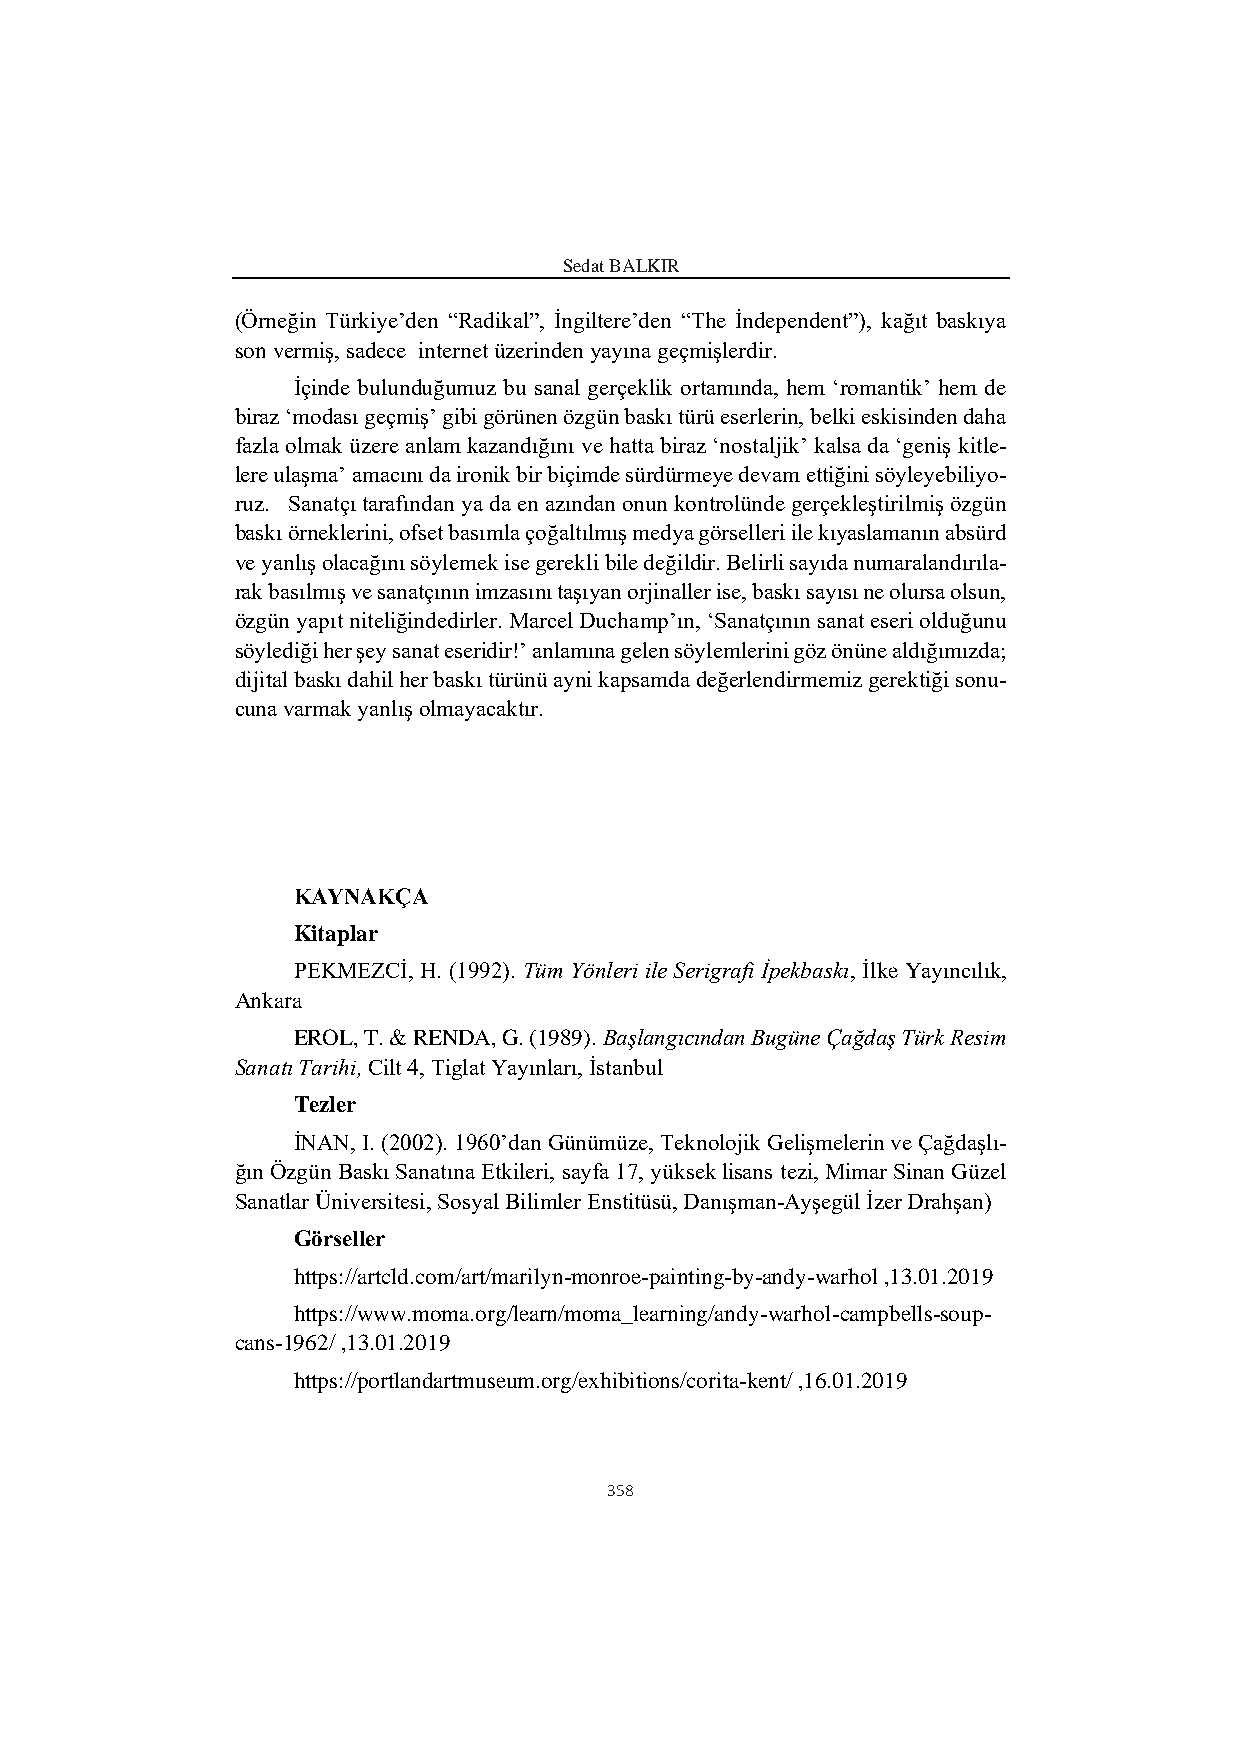
Sedat BALKIR
 (Örneğin Türkiye’den “Radikal”, İngiltere’den “The İndependent”), kağıt baskıya
 son vermiş, sadece internet üzerinden yayına geçmişlerdir.
 İçinde bulunduğumuz bu sanal gerçeklik ortamında, hem ‘romantik’ hem de
 biraz ‘modası geçmiş’ gibi görünen özgün baskı türü eserlerin, belki eskisinden daha
 fazla olmak üzere anlam kazandığını ve hatta biraz ‘nostaljik’ kalsa da ‘geniş kitle-
 lere ulaşma’ amacını da ironik bir biçimde sürdürmeye devam ettiğini söyleyebiliyo-
 ruz. Sanatçı tarafından ya da en azından onun kontrolünde gerçekleştirilmiş özgün
 baskı örneklerini, ofset basımla çoğaltılmış medya görselleri ile kıyaslamanın absürd
 ve yanlış olacağını söylemek ise gerekli bile değildir. Belirli sayıda numaralandırıla-
 rak basılmış ve sanatçının imzasını taşıyan orjinaller ise, baskı sayısı ne olursa olsun,
 özgün yapıt niteliğindedirler. Marcel Duchamp’ın, ‘Sanatçının sanat eseri olduğunu
 söylediği her şey sanat eseridir!’ anlamına gelen söylemlerini göz önüne aldığımızda;
 dijital baskı dahil her baskı türünü ayni kapsamda değerlendirmemiz gerektiği sonu-
 cuna varmak yanlış olmayacaktır.
 KAYNAKÇA
 Kitaplar
 PEKMEZCİ, H. (1992). Tüm Yönleri ile Serigrafi İpekbaskı, İlke Yayıncılık,
 Ankara
 EROL, T. & RENDA, G. (1989). Başlangıcından Bugüne Çağdaş Türk Resim
 Sanatı Tarihi, Cilt 4, Tiglat Yayınları, İstanbul
 Tezler
 İNAN, I. (2002). 1960’dan Günümüze, Teknolojik Gelişmelerin ve Çağdaşlı-
 ğın Özgün Baskı Sanatına Etkileri, sayfa 17, yüksek lisans tezi, Mimar Sinan Güzel
 Sanatlar Üniversitesi, Sosyal Bilimler Enstitüsü, Danışman-Ayşegül İzer Drahşan)
 Görseller
 https://artcld.com/art/marilyn-monroe-painting-by-andy-warhol ,13.01.2019
 https://www.moma.org/learn/moma_learning/andy-warhol-campbells-soup-
 cans-1962/ ,13.01.2019
 https://portlandartmuseum.org/exhibitions/corita-kent/ ,16.01.2019
 358